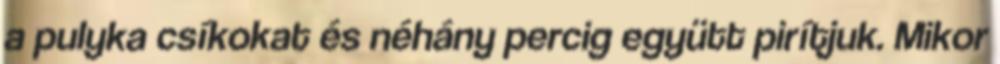
a pulyka csíkokat és néhány percig együtt pirítjuk. Mikor